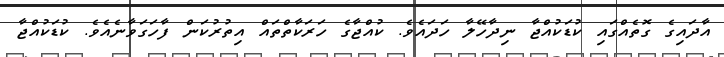
އާދައިގެ ގޮތެއްގައި ކުޑަކުއްޖާ ނިދާހޭލާ ހަދައެވެ. ކުއްޖާގެ ހަރަކާތްތައް އިތުރުކަން ފާހަގަވާނެއެވެ. ކުޑަކުއްޖާ